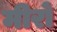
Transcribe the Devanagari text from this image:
मीरों